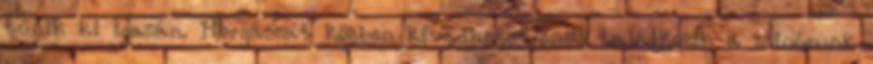
tűnik ki igazán. Horgászat közben kivédhetetlenül találkozik a zsinórunk